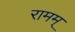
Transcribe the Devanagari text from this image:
रामम्